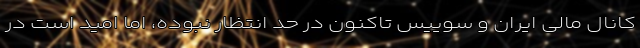
کانال مالی ایران و سوییس تاکنون در حد انتظار نبوده، اما امید است در